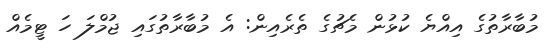
މުބާރާތުގެ އިއްޔެ ކުޅުން މެޗުގެ ތެރެއިން: އެ މުބާރާތުގައި ޖުމްލަ ހަ ޓީމެއް